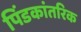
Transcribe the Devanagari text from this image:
पिंडकांतरिक